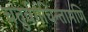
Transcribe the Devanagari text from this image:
चतुर्वर्गचिन्तामणि